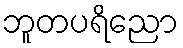
ဘူတပရိညော